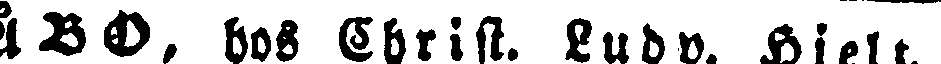
ÅBO, hos Christ. Ludv. Hjelt.